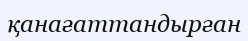
қанағаттандырған